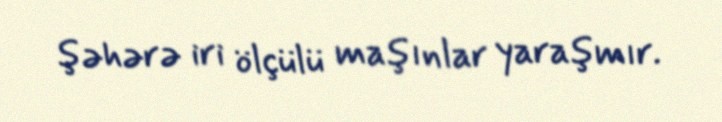
şəhərə iri ölçülü maşınlar yaraşmır.